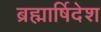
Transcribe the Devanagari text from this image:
ब्रह्मार्षिदेश